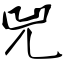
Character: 兕